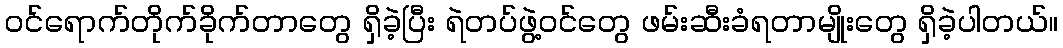
ဝင်ရောက်တိုက်ခိုက်တာတွေ ရှိခဲ့ပြီး ရဲတပ်ဖွဲ့ဝင်တွေ ဖမ်းဆီးခံရတာမျိုးတွေ ရှိခဲ့ပါတယ်။